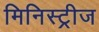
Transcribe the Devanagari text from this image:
मिनिस्ट्रीज